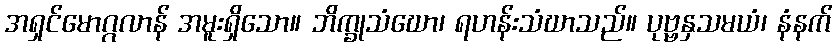
အရှင်မောဂ္ဂလာန် အမူးရှိသော။ ဘိက္ခုသံဃော၊ ရဟန်းသံဃာသည်။ ပုဗ္ဗနှသမယံ၊ နံနက်